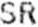
SR